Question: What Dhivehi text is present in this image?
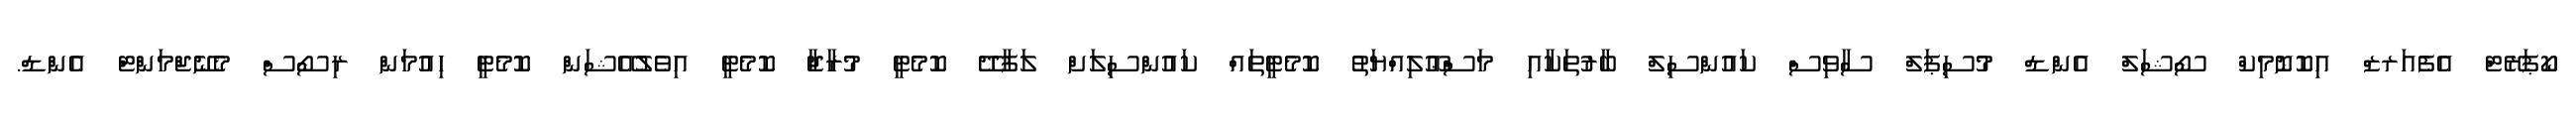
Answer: ކޯޕަރޭޓް އެފެއަރޒް އިކޮނޮމިކް ސޯޝަލް އެންޑް މުސިޕަލް ސާވިސް ކައުންސިލް ބާރުތަކާއި މަސްޢޫލިއްޔަތު ކޮމެޓީތައް ކައުންސިލަށް ލަފާދޭ ކޮމެޓީ މުރާޖާ ކޮމެޓީ އިވެލުއޭޝަން ކޮމެޓީ ހިއުމަން ރިސޯސް މެނޭޖްމަންޓް އެންޑް.